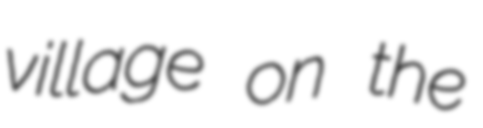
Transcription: village on the